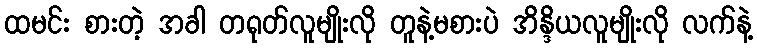
ထမင်း စားတဲ့ အခါ တရုတ်လူမျိုးလို တူနဲ့မစားပဲ အိန္ဒိယလူမျိုးလို လက်နဲ့